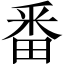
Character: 番